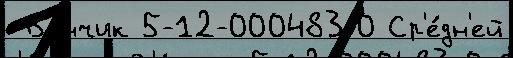
 В'е́нчик 5-12-000483-0 Ср'е́дн'ей